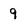
Character: 9